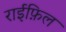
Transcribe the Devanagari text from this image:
राईफ़िल